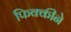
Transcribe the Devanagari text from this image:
फिक्कीने